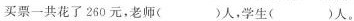
买票一共花了260元，老师()人，学生()人。